Indian Civil Veterinary Department memoirs
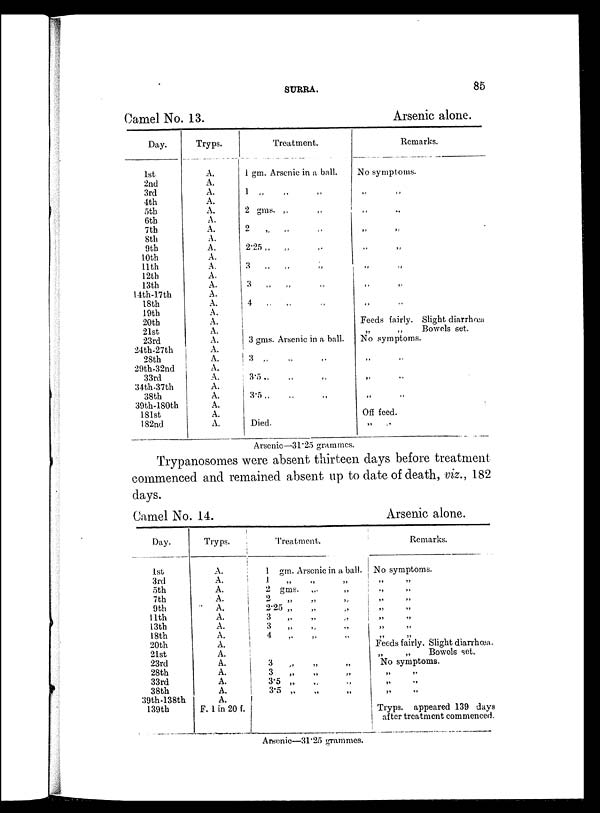
SURRA.
85
Camel No. 13.
Day.
1st
2nd
3rd
4th
5th
6th
7th
8th
9th
10th
11th
12th
13th
14th-17th
18th
19th
20th
21st
23rd
24th-27th
28th
29th-32nd
33rd
34th-37th
38th
39th-180th
181st
182nd
Tryps.
A.
A.
A.
A.
A.
A.
A.
A.
A.
A.
A.
A.
A.
A.
A.
A.
A.
A.
A.
A.
A.
A.
A.
A.
A.
A.
A.
A.
Treatment.
1 gm. Arsenic in a ball.
1 „ „ „
2 gms. „ „
2 „ „ „
2.25 „ „
„
3
„
„ „
3 „ „ „
4 „ „ „
3 gms. Arsenic in a ball.
3 „ „ „
3.5 „ „ „
3.5 „ „ „
Died.
Arsenic alone.
Remarks.
No symptoms.
„ „
„ „
„ „
„
„
„ „
„ „
„
„
Feeds fairly. Slight diarrhœa
„
„
Bowels set.
No symptoms.
„ „
„ „
„ „
Off feed.
„ „
Arsenic—31.25 grammes.
Trypanosomes were absent thirteen clays before treatment
commenced and remained absent up to date of death, viz., 182
days.
Camel No. 14.
Day.
1st
3rd
5th
7th
9th
11th
13th
18th
20th
21st
23rd
28th
33rd
38th
39th-138th
139th
Tryps.
A.
A.
A.
A.
A.
A.
A.
A.
A.
A.
A.
A.
A.
A.
A.
F. 1 in 20 f.
Treatment.
1 gm. Arsenic in a ball.
1
„ „ „
2 gms.
„
„
2 „ „ „
2.25 „ „ „
3 „ „ „
3
4 „ „ „
3
3
„ „ „
3.5 „ „ „
3.5 „ „ „
Arsenic alone.
Remarks.
No symptoms.
„ „
„ „
„ „
„ „
„ „
„ „
Feeds fairly. Slight diarrhœa.
„
„
Bowels set.
No symptoms.
„ „
„ „
„ „
Tryps. appeared 139 days
after treatment commenced.
Arsenic—31.25 grammes.